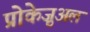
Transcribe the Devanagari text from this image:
प्रोकेज़ुअल